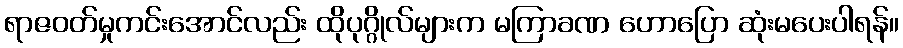
ရာဇဝတ်မှုကင်းအောင်လည်း ထိုပုဂ္ဂိုလ်များက မကြာခဏ ဟောပြော ဆုံးမပေးပါရန်။